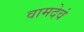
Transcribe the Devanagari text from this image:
वामदेवं